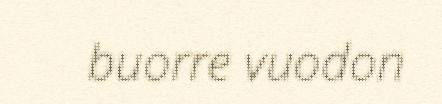
buorre vuodon